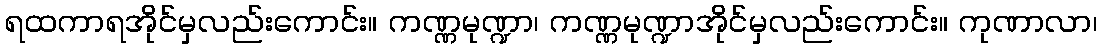
ရထကာရအိုင်မှလည်းကောင်း။ ကဏ္ဏမုဏ္ဍာ၊ ကဏ္ဏမုဏ္ဍာအိုင်မှလည်းကောင်း။ ကုဏာလာ၊